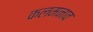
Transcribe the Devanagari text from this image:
कलमनाव